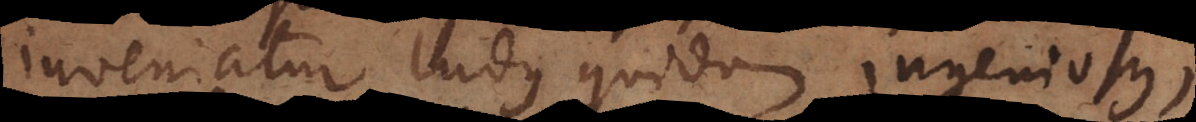
inveniatur ludus quidam ingeniosus,